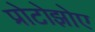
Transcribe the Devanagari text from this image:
प्रोटोझोए